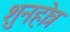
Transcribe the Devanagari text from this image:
शुनहोत्र